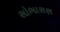
સોભાસણ